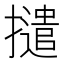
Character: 𭢵